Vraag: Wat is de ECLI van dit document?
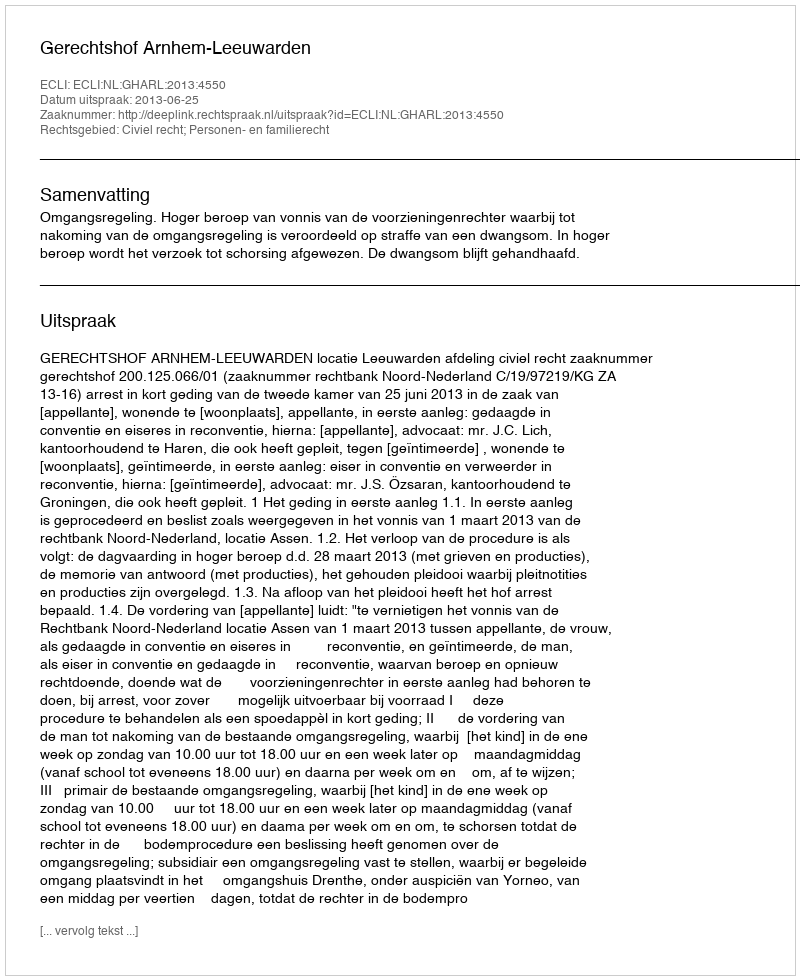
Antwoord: ECLI:NL:GHARL:2013:4550